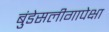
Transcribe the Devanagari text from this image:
बुंडेसलीगापेक्षा